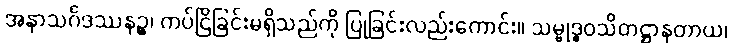
အနာသင်္ဂဒဿနဉ္စ၊ ကပ်ငြိခြင်းမရှိသည်ကို ပြုခြင်းလည်းကောင်း။ သမ္ဗုဒ္ဓဝသိတဋ္ဌာနတာယ၊